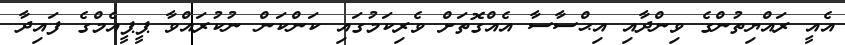
އެއީ ރައްޔިތުންގެ ވިންދާއި އިޙްސާސާ އެއްގޮތަށް ވެރިކަމުގައި ކަންކަން ނުކުރައްވާ ޕީޕީއެމްގެ ފައިދާ